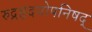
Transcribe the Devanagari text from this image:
रुद्रहृदयोपनिषद्